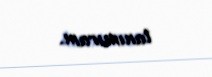
tanımıram.